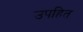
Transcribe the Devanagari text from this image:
उपहित